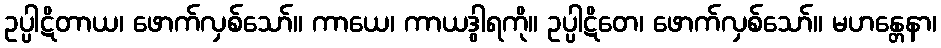
ဥပ္ပါဋိတာယ၊ ဖောက်လှစ်သော်။ ကာယေ၊ ကာယဒွါရကို။ ဥပ္ပါဋိတေ၊ ဖောက်လှစ်သော်။ မဟန္တေနာ၊